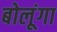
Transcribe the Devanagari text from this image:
बोलूंगा